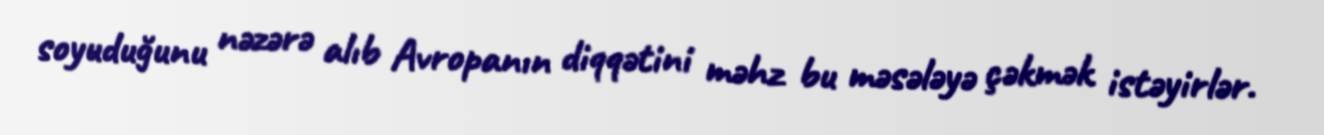
soyuduğunu nəzərə alıb Avropanın diqqətini məhz bu məsələyə çəkmək istəyirlər.